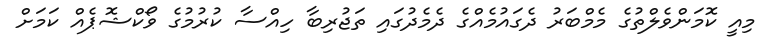
މިއީ ކޮމަންވެލްތުގެ މެމްބަރު ދެގައުމެއްގެ ދެމެދުގައި ތަޖުރިބާ ހިއްސާ ކުރުމުގެ ވޯކްޝޮޕެއް ކަމަށް